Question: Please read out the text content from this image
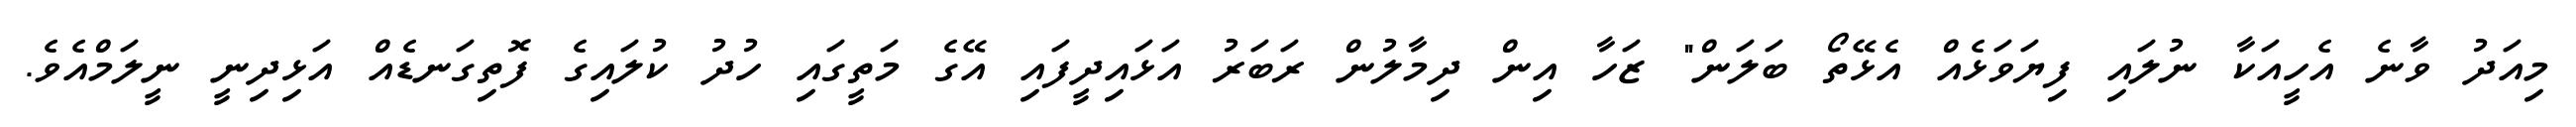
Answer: މިއަދު ވާނެ އެހީއަކާ ނުލައި ފިޔަވަޅެއް އެޅޭތޯ ބަލަން" ޒަހާ އިން ދިމާލުން ރަބަރު އަޅައިދީފައި އޭގެ މަތީގައި ހުދު ކުލައިގެ ފޮތިގަނޑެއް އަޅިދިނީ ނީލަމްއެވެ.